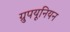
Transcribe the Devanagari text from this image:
ग्रुपयूनियन